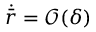
\dot { \bar { r } } = \mathcal { O } ( \delta )